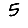
Digit: 5